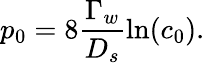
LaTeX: p_{0}=8\frac{\Gamma_{w}}{D_{s}}\ln(c_{0}).